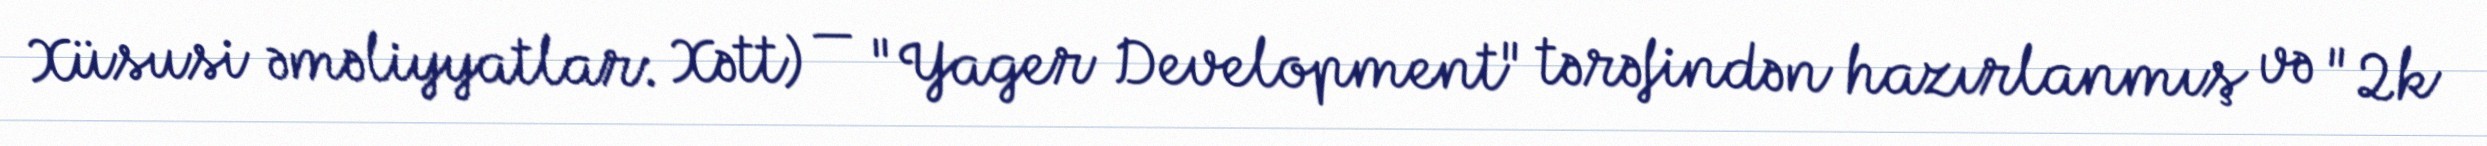
Xüsusi əməliyyatlar: Xətt) — "Yager Development" tərəfindən hazırlanmış və "2k